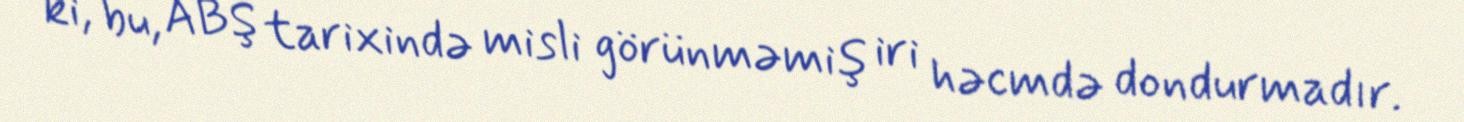
ki, bu, ABŞ tarixində misli görünməmiş iri həcmdə dondurmadır.